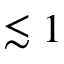
\lesssim 1